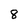
Character: 8